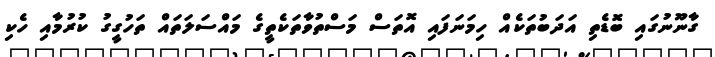
ގާނޫނުގައި ބޮޑެތި އަދަބުތަކެއް ހިމަނަފައި އޮތަސް މަސްތުވާތަކެތީގެ މައްސަލަތައް ތަހުގީގު ކުރުމާއި ހެކި